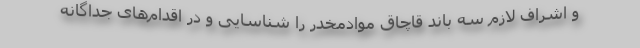
و اشراف لازم سه باند قاچاق موادمخدر را شناسایی و در اقدام‌های جداگانه